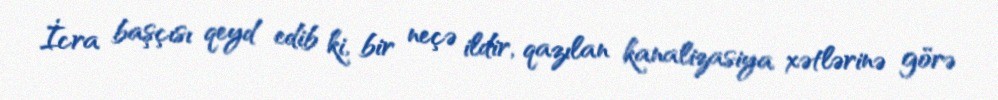
İcra başçısı qeyd edib ki, bir neçə ildir, qazılan kanalizasiya xətlərinə görə